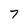
Character: 7